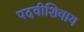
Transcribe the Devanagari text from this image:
पदवीशिवाय